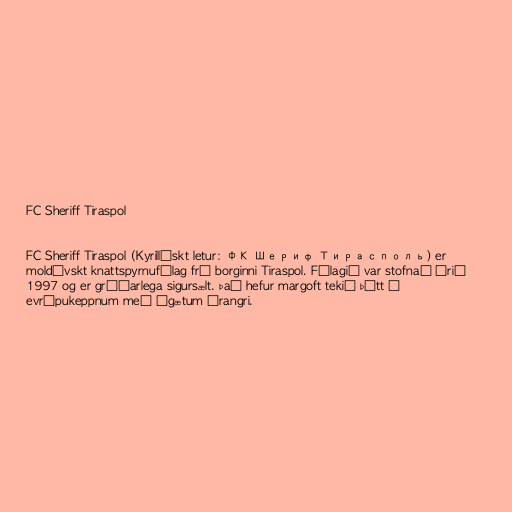
FC Sheriff Tiraspol

FC Sheriff Tiraspol (Kyrillískt letur: ФК Шериф Тирасполь) er
moldóvskt knattspyrnufélag frá borginni Tiraspol. Félagið var stofnað árið
1997 og er gríðarlega sigursælt. Það hefur margoft tekið þátt í
evrópukeppnum með ágætum árangri.